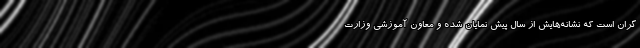
گران است که نشانه‌هایش از سال پیش نمایان شده و معاون آموزشی وزارت